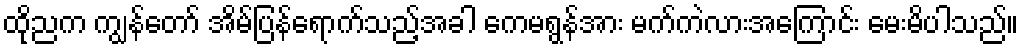
ထိုညက ကျွန်တော် အိမ်ပြန်ရောက်သည့်အခါ ကေမရွန်အား မက်ကဲလားအကြောင်း မေးမိပါသည်။